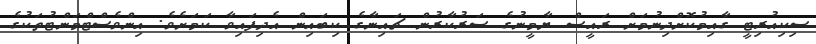
ސިކިއުރިޓީ ގާއިމުކޮށްދިނުމަށް ރައީސް ޔާމީނުގެ ސަރުކާރުން ޗައިނާގެ ކިބައިން އެދިފައިވާ ކަމަށެވެ. އިންވެސްޓްމަންޓުތަކުގެ